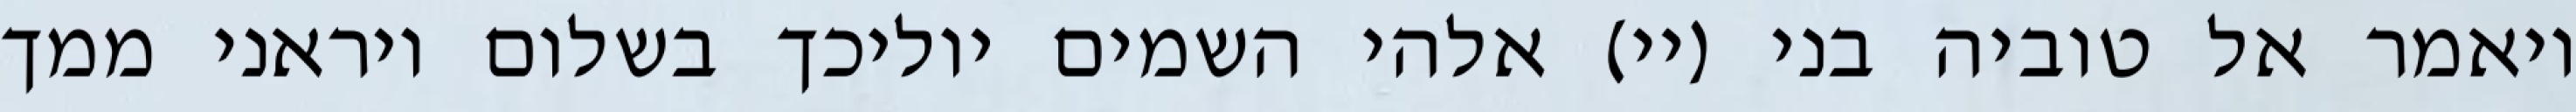
ויאמר אל טוביה בני (יי) אלהי השמים יוליכך בשלום ויראני ממך